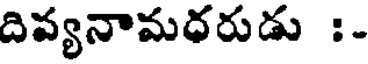
దివ్యనామధరుడు :-